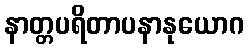
နာတ္တပရိတာပနာနုယောဂ